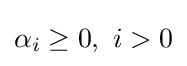
\alpha _{i}\geq 0,~i>0